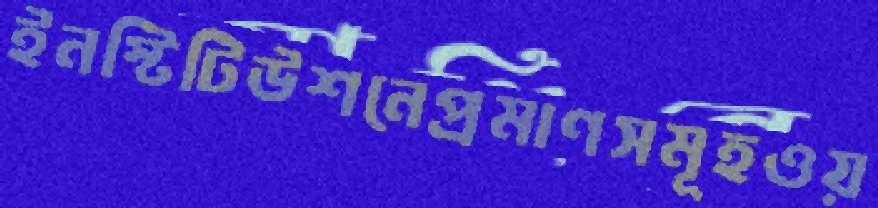
ইনস্টিটিউশনেপ্রমাণসমূহওয়